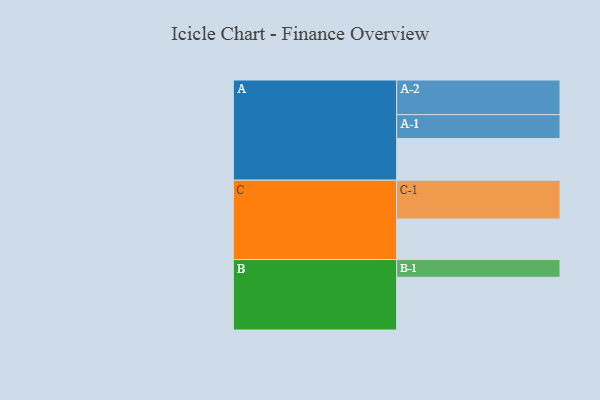
{"axis": {"x": "Segment", "y": "Value"}, "legend": ["", "A", "B", "C"], "data": [{"x": "A", "y": 318, "type": ""}, {"x": "B", "y": 402, "type": ""}, {"x": "C", "y": 309, "type": ""}, {"x": "A-1", "y": 182, "type": "A"}, {"x": "A-2", "y": 264, "type": "A"}, {"x": "B-1", "y": 135, "type": "B"}, {"x": "C-1", "y": 296, "type": "C"}]}